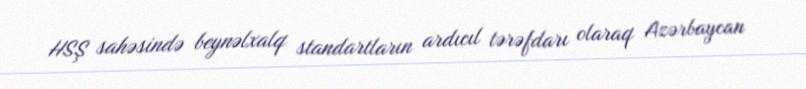
HSŞ sahəsində beynəlxalq standartların ardıcıl tərəfdarı olaraq Azərbaycan